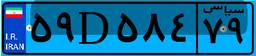
۲۵D۰۸۷۵۷